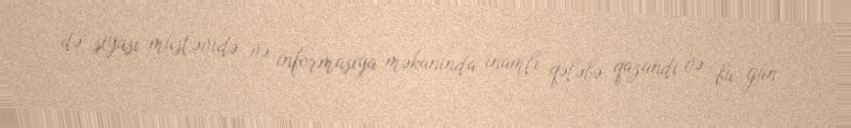
də siyasi müstəvidə və informasiya məkanında inamlı qələbə qazandı və bu gün